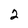
Character: 2